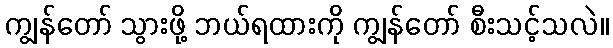
ကျွန်တော် သွားဖို့ ဘယ်ရထားကို ကျွန်တော် စီးသင့်သလဲ။